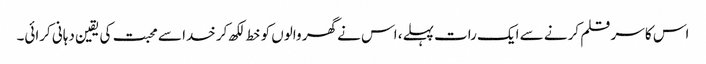
اس کا سر قلم کرنے سے ایک رات پہلے، اس نے گھر والوں کو خط لکھ کر خدا سے محبت کی یقین دہانی کرائی۔